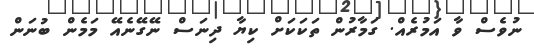
ނުވެސް ވާ އަމުރެއް. ގަމާރުން ތަކަކަށް ކިޔާ ދިނަސް ނޭގޭނެއޭ މަމެން ބުނަން